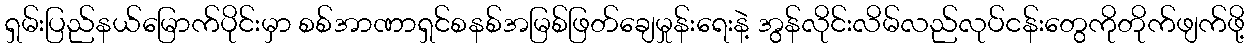
ရှမ်းပြည်နယ်မြောက်ပိုင်းမှာ စစ်အာဏာရှင်စနစ်အမြစ်ဖြတ်ချေမှုန်းရေးနဲ့ အွန်လိုင်းလိမ်လည်လုပ်ငန်းတွေကိုတိုက်ဖျက်ဖို့